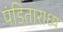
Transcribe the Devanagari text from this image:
पंडिताराध्य